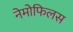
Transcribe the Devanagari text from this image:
नेमोफिलस